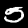
Label: 5